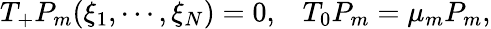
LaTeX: T_{+}P_{m}(\xi_{1},\cdots,\xi_{N})=0,\; \; \; T_{0}P_{m}=\mu_{m}P_{m},